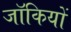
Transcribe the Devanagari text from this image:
जॉकियों